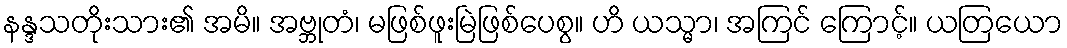
နန္ဒသတိုးသား၏ အမိ။ အဗ္ဘုတံ၊ မဖြစ်ဖူးမြဲဖြစ်ပေစွ။ ဟိ ယသ္မာ၊ အကြင် ကြောင့်။ ယတြယော